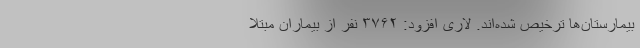
بیمارستان‌ها ترخیص شده‌اند. لاری افزود: ۳۷۶۲ نفر از بیماران مبتلا